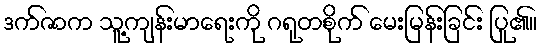
ဒက်ဇာက သူ့ကျန်းမာရေးကို ဂရုတစိုက် မေးမြန်းခြင်း ပြု၏။